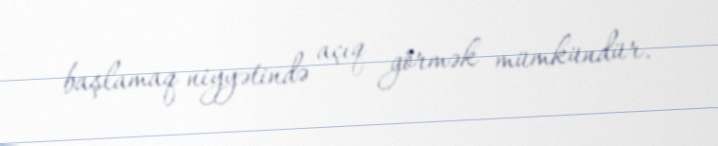
başlamaq niyyətində açıq görmək mümkündür.